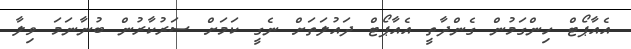
އެއާޕޯޓް ހިންގަމުން ގެންދާތީ އެއާޕޯޓް ދައުލަތަށް ނެގީ ކަމަށް ސަރުކާރުން ބުނާނަމަ ވިލާ